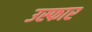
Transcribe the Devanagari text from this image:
उस्फार